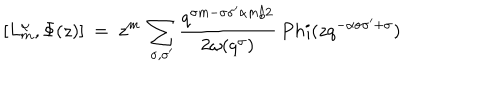
[ L _ { m } ^ { \alpha } , \Phi ( z ) ] \ = \ z ^ { m } \ \sum _ { \sigma , \sigma ^ { \prime } } \frac { q ^ { \sigma m - \sigma \sigma ^ { \prime } \alpha m / 2 } } { 2 \omega ( q ^ { \sigma } ) } \, P h i ( z q ^ { - \alpha \sigma \sigma ^ { \prime } + \sigma } )